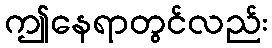
ဤနေရာတွင်လည်း